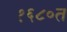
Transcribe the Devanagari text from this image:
१६८०त